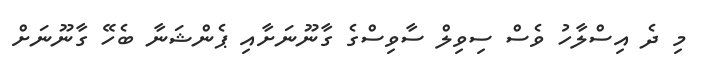
މި ދެ އިސްލާހު ވެސް ސިވިލް ސާވިސްގެ ގާނޫނަށާއި ޕެންޝަނާ ބެހޭ ގާނޫނަށް